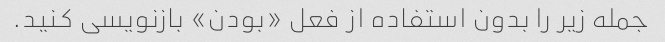
جمله زیر را بدون استفاده از فعل «بودن» بازنویسی کنید.